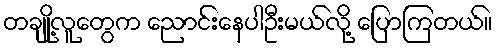
တချို့လူတွေက ညောင်းနေပါဦးမယ်လို့ ပြောကြတယ်။